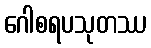
ဂေါစရပသုတဿ